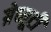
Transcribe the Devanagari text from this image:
ग्रेच्यूटी